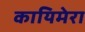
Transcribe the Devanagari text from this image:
कायिमेरा